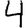
Digit: 4